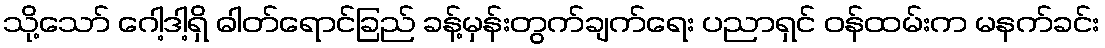
သို့သော် ဂေါ့ဒါ့ရှိ ဓါတ်ရောင်ခြည် ခန့်မှန်းတွက်ချက်ရေး ပညာရှင် ဝန်ထမ်းက မနက်ခင်း